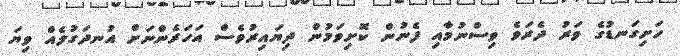
ހަށިގަނޑުގެ ވަރު ދެރަވެ ވިސްނުމާއި ފެނުން ކޮށިވަމުން ދިޔައިރުވެސް އަހަރެންނަށް އުނދަގުލެއް ވިޔަ